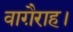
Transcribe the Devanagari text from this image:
वाग़ैराह।